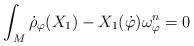
LaTeX: \begin{align*}\int_M\dot \rho_\varphi(X_1)- X_1(\dot\varphi) \omega_{\varphi}^n =0\end{align*}